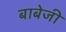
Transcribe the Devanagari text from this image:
बाबेजी